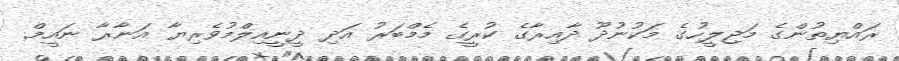
ރައްޔިތުންގެ މަޖިލީހުގެ މަކުނުދޫ ދާއިރާގެ ކުރީގެ މެމްބަރު އަދި ދީނީއިލްމުވެރިޔާ އަނާރާ ނައީމް